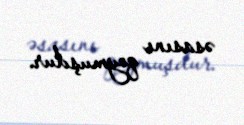
əsasını qoymuşdur.